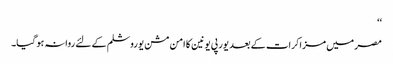
‘‘
مصر میں مزاکرات کے بعد یورپی یونین کا امن مشن یوروشلم کے لئے روانہ ہو گیا۔